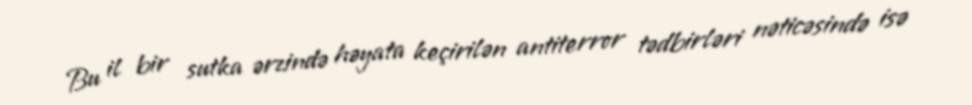
Bu il bir sutka ərzində həyata keçirilən antiterror tədbirləri nəticəsində isə